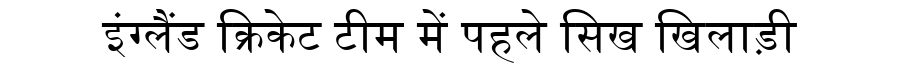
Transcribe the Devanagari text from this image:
इंग्लैंड क्रिकेट टीम में पहले सिख खिलाड़ी